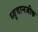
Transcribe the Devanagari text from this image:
ध्वृवानजीक